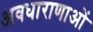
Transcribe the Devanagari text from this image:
अवधाराणाओं